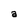
Character: a